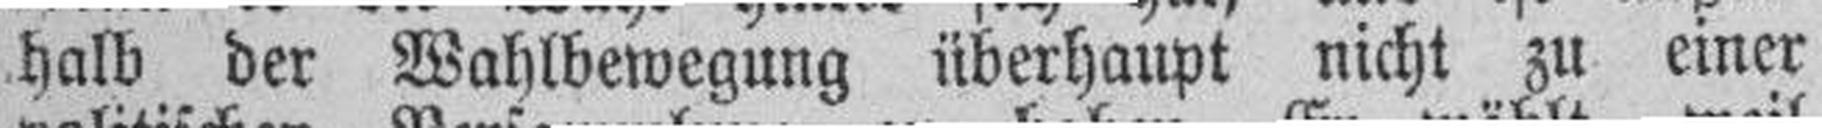
halb der Wahlbewegung überhaupt nicht zu einer